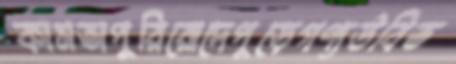
কামতাপুরিরোদেপুড়েগণ্যউবিত